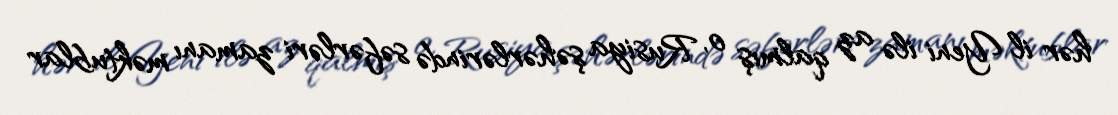
hər il Yeni ilə az qalmış o, Rusiya şəhərlərində səfərləri zamanı məktublar